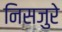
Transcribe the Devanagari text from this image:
निसजुरे